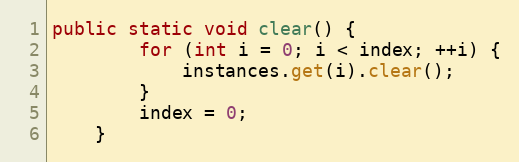
Language: Java
public static void clear() {
		for (int i = 0; i < index; ++i) {
			instances.get(i).clear();
		}
		index = 0;
	}